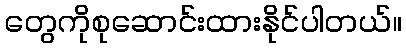
တွေကိုစုဆောင်းထားနိုင်ပါတယ်။